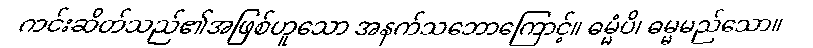
ကင်းဆိတ်သည်၏အဖြစ်ဟူသော အနက်သဘောကြောင့်။ ဓမ္မံပိ၊ ဓမ္မမည်သော။